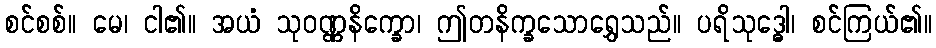
စင်စစ်။ မေ၊ ငါ၏။ အယံ သုဝဏ္ဏနိက္ခော၊ ဤတနိက္ခသောရွှေသည်။ ပရိသုဒ္ဓေါ၊ စင်ကြယ်၏။